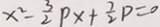
x ^ { 2 } - \frac { 3 } { 2 } p x + \frac { 7 } { 2 } p = 0